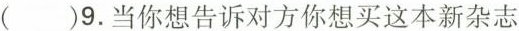
( )9.当你想告诉对方你想买这本新杂志